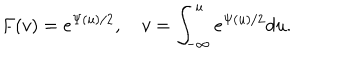
LaTeX: F ( v ) = e ^ { \Psi ( u ) / 2 } , \quad v = \int _ { - \infty } ^ { u } e ^ { \Psi ( u ) / 2 } d u .